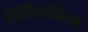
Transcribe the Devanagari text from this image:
मिनिमलिस्म